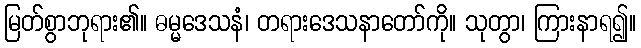
မြတ်စွာဘုရား၏။ ဓမ္မဒေသနံ၊ တရားဒေသနာတော်ကို။ သုတွာ၊ ကြားနာရ၍။